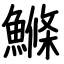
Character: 鰷